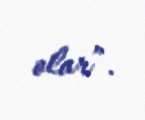
olar”.